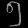
Digit: ၅